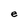
Character: e